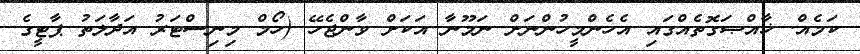
ކަމެއް. ޚާއްޞަގޮތެއްގައި އެހެންމީހުންނަށް ނަމޫނާ އަކަށް ވާންޖެހޭ (ހޯމް މިނިސްޓަރު އަދާލަތު ޕާޓީގެ